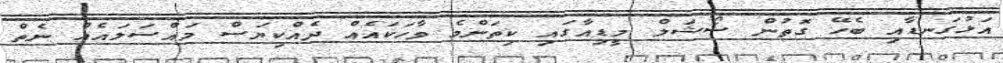
އަޅުގަނޑާއި ބެހޭ ގޮތުން ސޯޝަލް މީޑިއާގައި ކިތަންމެ ވާހަކައެއް ދެއްކިޔަސް މައްސަލައެއް ނެތް